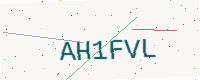
Text: AH1FVL